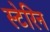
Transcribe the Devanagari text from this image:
स्टेरिन